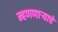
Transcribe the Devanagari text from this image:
म्हणणाऱ्याचे